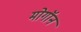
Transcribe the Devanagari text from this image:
मोगॉन